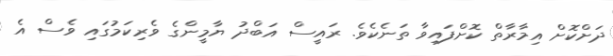
ދަށްކޮށް އިމާރާތް ކޮށްފައިވާ ތަނެކެވެ. ރައީސް އަބްދު ޔާމީންގެ ވެރިކަމުގައި ވެސް އެ